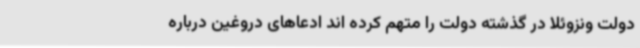
دولت ونزوئلا در گذشته دولت را متهم کرده اند ادعاهای دروغین درباره